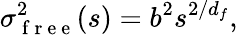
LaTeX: \sigma_{\mathrm{~f~r~e~e~}}^{2}(s)=b^{2}s^{2/d_{f}},